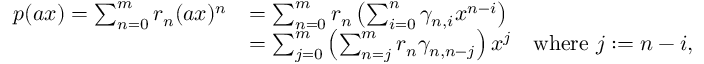
\begin{array} { r l r } { p ( a x ) = \sum _ { n = 0 } ^ { m } r _ { n } ( a x ) ^ { n } } & { = \sum _ { n = 0 } ^ { m } r _ { n } \left( \sum _ { i = 0 } ^ { n } \gamma _ { n , i } x ^ { n - i } \right) } \\ & { = \sum _ { j = 0 } ^ { m } \left( \sum _ { n = j } ^ { m } r _ { n } \gamma _ { n , n - j } \right) x ^ { j } } & { \mathrm { w h e r e ~ } j : = n - i , } \end{array}